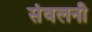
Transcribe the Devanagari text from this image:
संवलनी